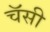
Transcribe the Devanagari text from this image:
चॅसी